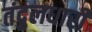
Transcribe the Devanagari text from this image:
तंदुलधारी